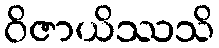
ဝိဇာယိဿသိ